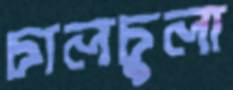
চালচুলা